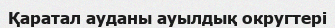
Қаратал ауданы ауылдық округтері